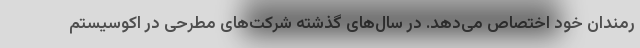
رمندان خود اختصاص می‌دهد. در سال‌های گذشته شرکت‌های مطرحی در اکوسیستم